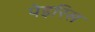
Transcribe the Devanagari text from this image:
पेइरिस